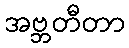
အဗ္ဘတီတာ